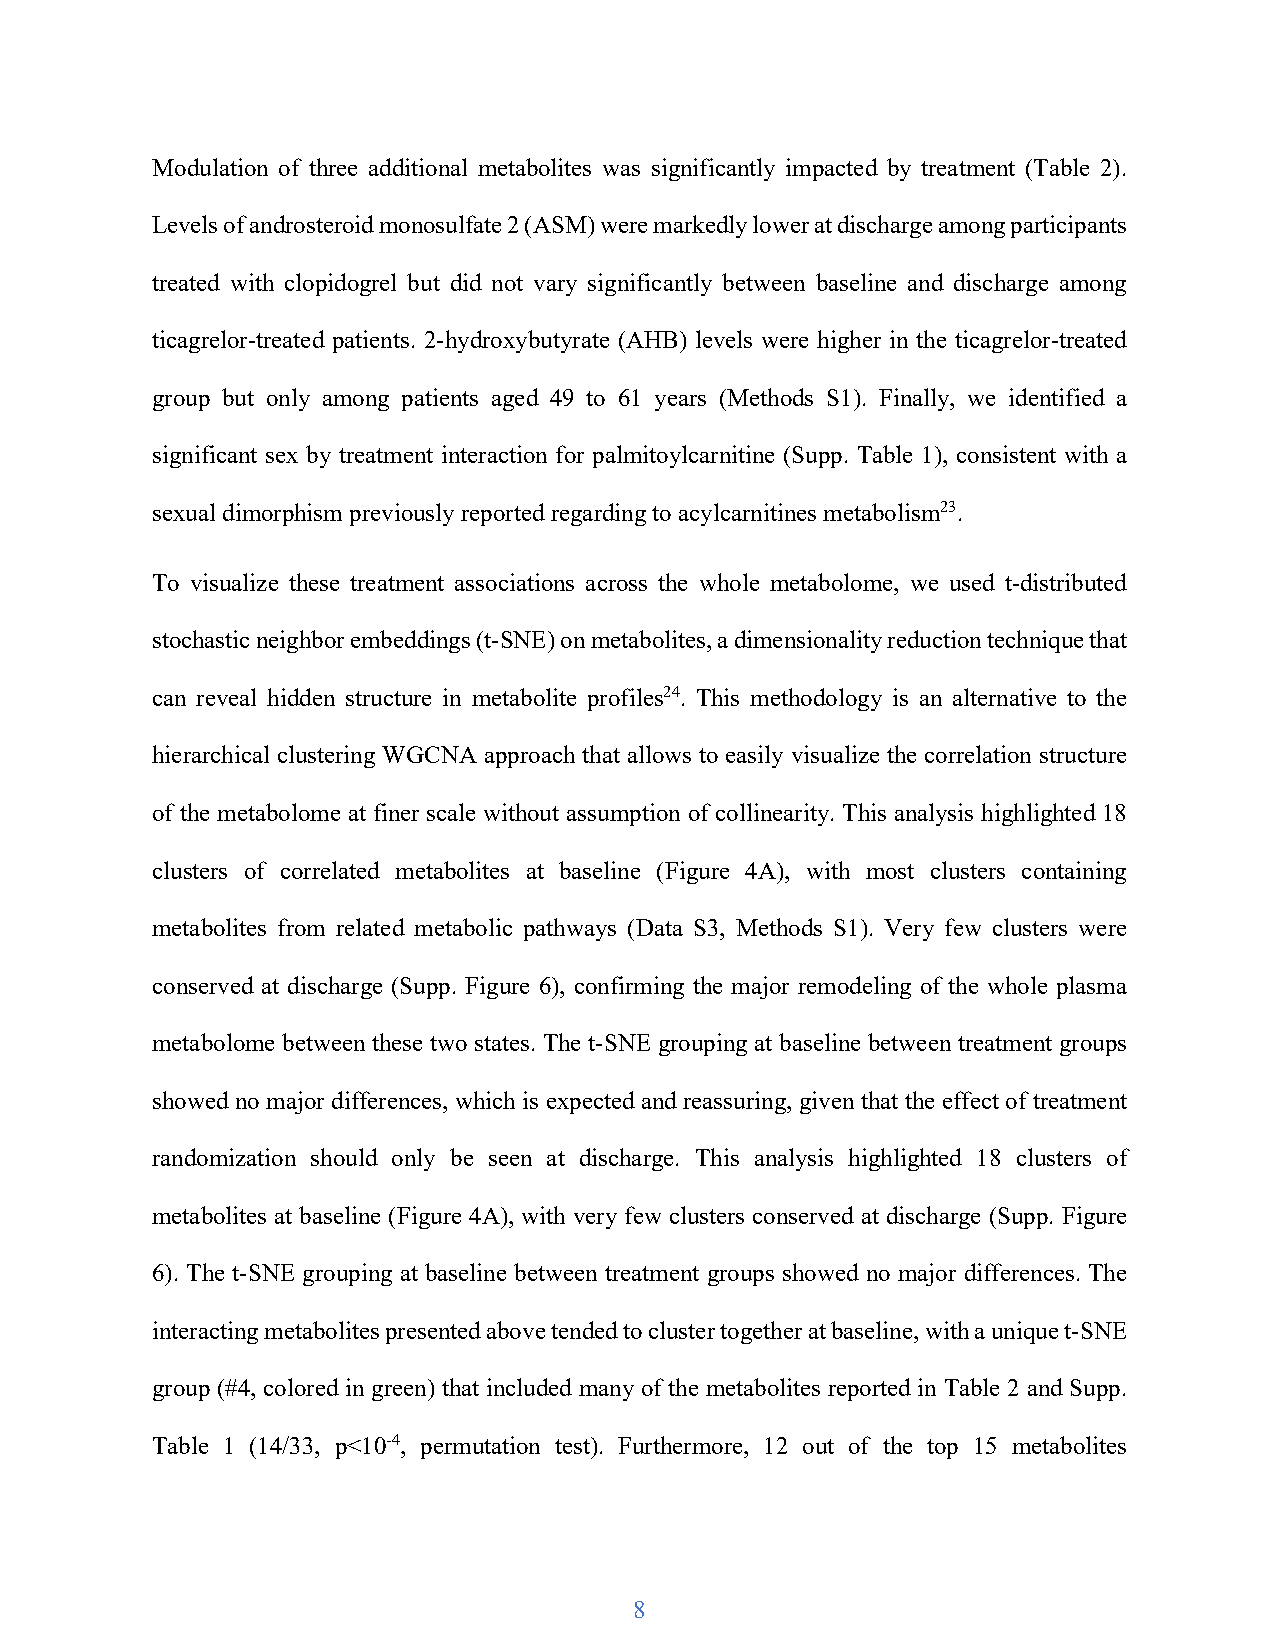
Modulation of three additional metabolites was significantly impacted by treatment (Table 2).
 Levels of androsteroid monosulfate 2 (ASM) were markedly lower at discharge among participants
 treated with clopidogrel but did not vary significantly between baseline and discharge among
 ticagrelor-treated patients. 2-hydroxybutyrate (AHB) levels were higher in the ticagrelor-treated
 group but only among patients aged 49 to 61 years (Methods S1). Finally, we identified a
 significant sex by treatment interaction for palmitoylcarnitine (Supp. Table 1), consistent with a
 sexual dimorphism previously reported regarding to acylcarnitines metabolism23.
 To visualize these treatment associations across the whole metabolome, we used t-distributed
 stochastic neighbor embeddings (t-SNE) on metabolites, a dimensionality reduction technique that
 can reveal hidden structure in metabolite profiles24. This methodology is an alternative to the
 hierarchical clustering WGCNA approach that allows to easily visualize the correlation structure
 of the metabolome at finer scale without assumption of collinearity. This analysis highlighted 18
 clusters of correlated metabolites at baseline (Figure 4A), with most clusters containing
 metabolites from related metabolic pathways (Data S3, Methods S1). Very few clusters were
 conserved at discharge (Supp. Figure 6), confirming the major remodeling of the whole plasma
 metabolome between these two states. The t-SNE grouping at baseline between treatment groups
 showed no major differences, which is expected and reassuring, given that the effect of treatment
 randomization should only be seen at discharge. This analysis highlighted 18 clusters of
 metabolites at baseline (Figure 4A), with very few clusters conserved at discharge (Supp. Figure
 6). The t-SNE grouping at baseline between treatment groups showed no major differences. The
 interacting metabolites presented above tended to cluster together at baseline, with a unique t-SNE
 group (#4, colored in green) that included many of the metabolites reported in Table 2 and Supp.
 Table 1 (14/33, p<10-4, permutation test). Furthermore, 12 out of the top 15 metabolites
 8